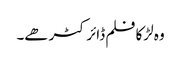
وہ لڑکا فلم ڈائرکٹر ھے۔